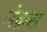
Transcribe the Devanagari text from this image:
जेक़स